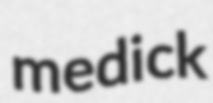
medick